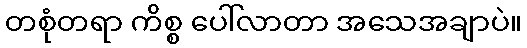
တစုံတရာ ကိစ္စ ပေါ်လာတာ အသေအချာပဲ။